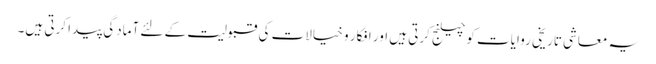
یہ معاشی تاریخی روایات کو چیلنج کرتی ہیں اور افکار و خیالات کی قبولیت کے لئے آمادگی پیدا کرتی ہیں۔